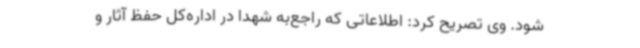
شود. وی تصریح کرد: اطلاعاتی که راجع‌به شهدا در اداره‌کل حفظ آثار و